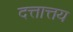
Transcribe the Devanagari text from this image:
दत्तात्तय